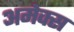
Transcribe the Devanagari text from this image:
अमेक्स